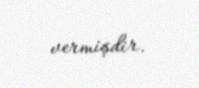
vermişdir.